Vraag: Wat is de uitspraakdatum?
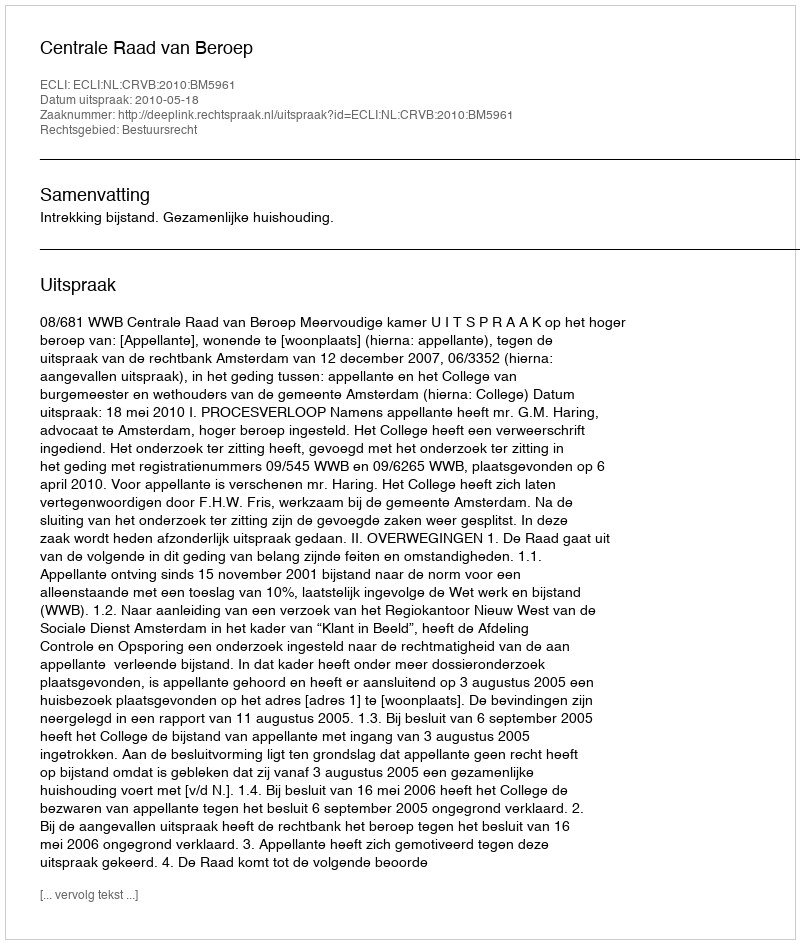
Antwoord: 2010-05-18